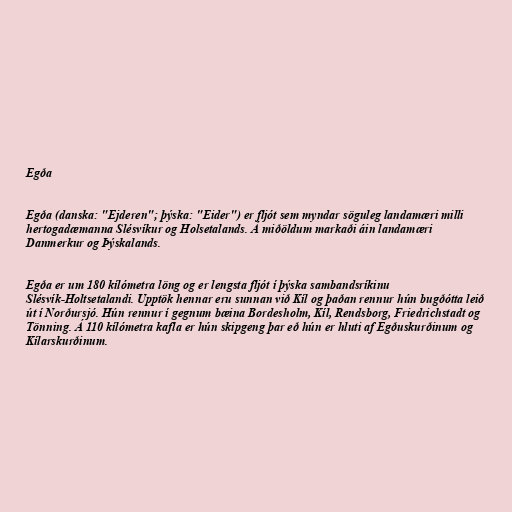
Egða

Egða (danska: "Ejderen"; þýska: "Eider") er fljót sem myndar söguleg landamæri milli
hertogadæmanna Slésvíkur og Holsetalands. Á miðöldum markaði áin landamæri
Danmerkur og Þýskalands.

Egða er um 180 kílómetra löng og er lengsta fljót í þýska sambandsríkinu
Slésvík-Holtsetalandi. Upptök hennar eru sunnan við Kíl og þaðan rennur hún bugðótta leið
út í Norðursjó. Hún rennur í gegnum bæina Bordesholm, Kíl, Rendsborg, Friedrichstadt og
Tönning. Á 110 kílómetra kafla er hún skipgeng þar eð hún er hluti af Egðuskurðinum og
Kílarskurðinum.